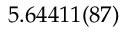
5 . 6 4 4 1 1 ( 8 7 )